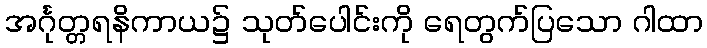
အင်္ဂုတ္တရနိကာယ၌ သုတ်ပေါင်းကို ရေတွက်ပြသော ဂါထာ